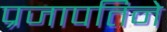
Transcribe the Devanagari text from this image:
प्रजापतिने